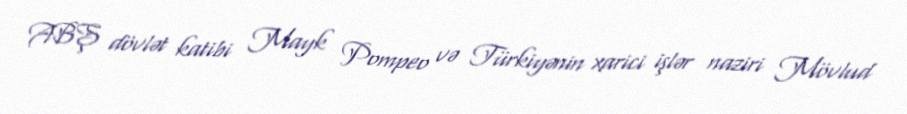
ABŞ dövlət katibi Mayk Pompeo və Türkiyənin xarici işlər naziri Mövlud